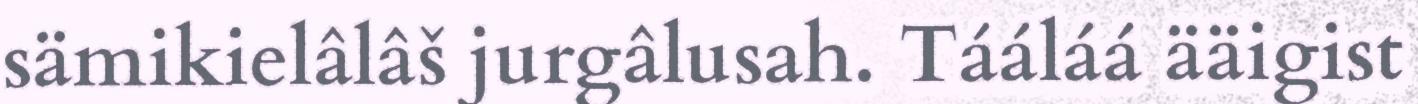
sämikielâlâš jurgâlusah. Tááláá ääigist